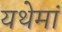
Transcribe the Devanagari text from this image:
यथेमां